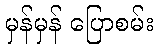
မှန်မှန် ပြောစမ်း